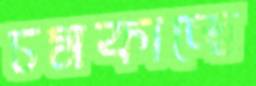
চমকাচ্ছে